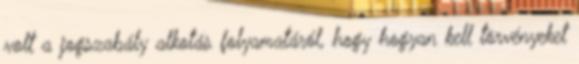
volt a jogszabály alkotás folyamatáról, hogy hogyan kell törvényeket